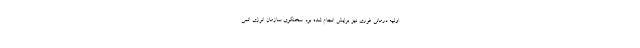
اولیه درمانی فوری نیز برایش انجام شده بود. سخنگوی سازمان انرژی اتمی